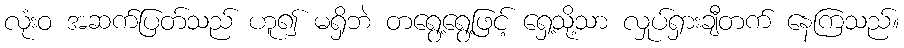
လုံးဝ အဆက်ပြတ်သည် ဟူ၍ မရှိဘဲ တရွေ့ရွေ့ဖြင့် ရှေ့သို့သာ လှုပ်ရှားချီတက် နေကြသည်။